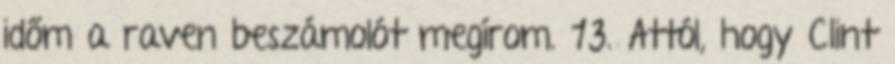
időm a raven beszámolót megí­rom. 13. Attól, hogy Clint